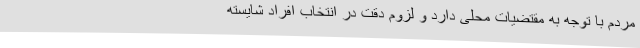
مردم با توجه به مقتضیات محلی دارد و لزوم دقت در انتخاب افراد شایسته